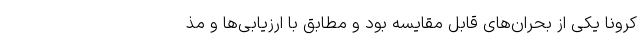
کرونا یکی از بحران‌های قابل مقایسه بود و مطابق با ارزیابی‌ها و مذ